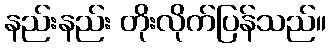
နည်းနည်း တိုးလိုက်ပြန်သည်။